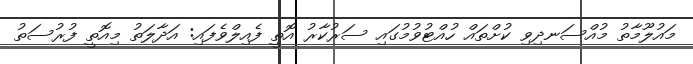
މައުލޫމާތު މުއްސަނދިވި ކުށްތައް ހުއްޓުވުމުގައި ސަރުކާރު އޮތީ ފެއިލްވެފައި: އަދާލަތު މިއޮތީ ފުރުސަތު